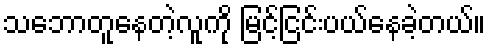
သဘောတူနေတဲ့လူကို မြင့်ငြင်းပယ်နေခဲ့တယ်။